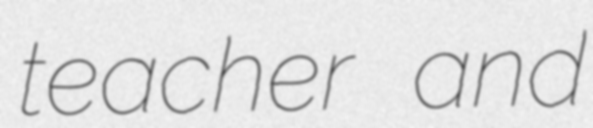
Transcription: teacher and